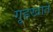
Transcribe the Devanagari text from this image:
गृहखाते